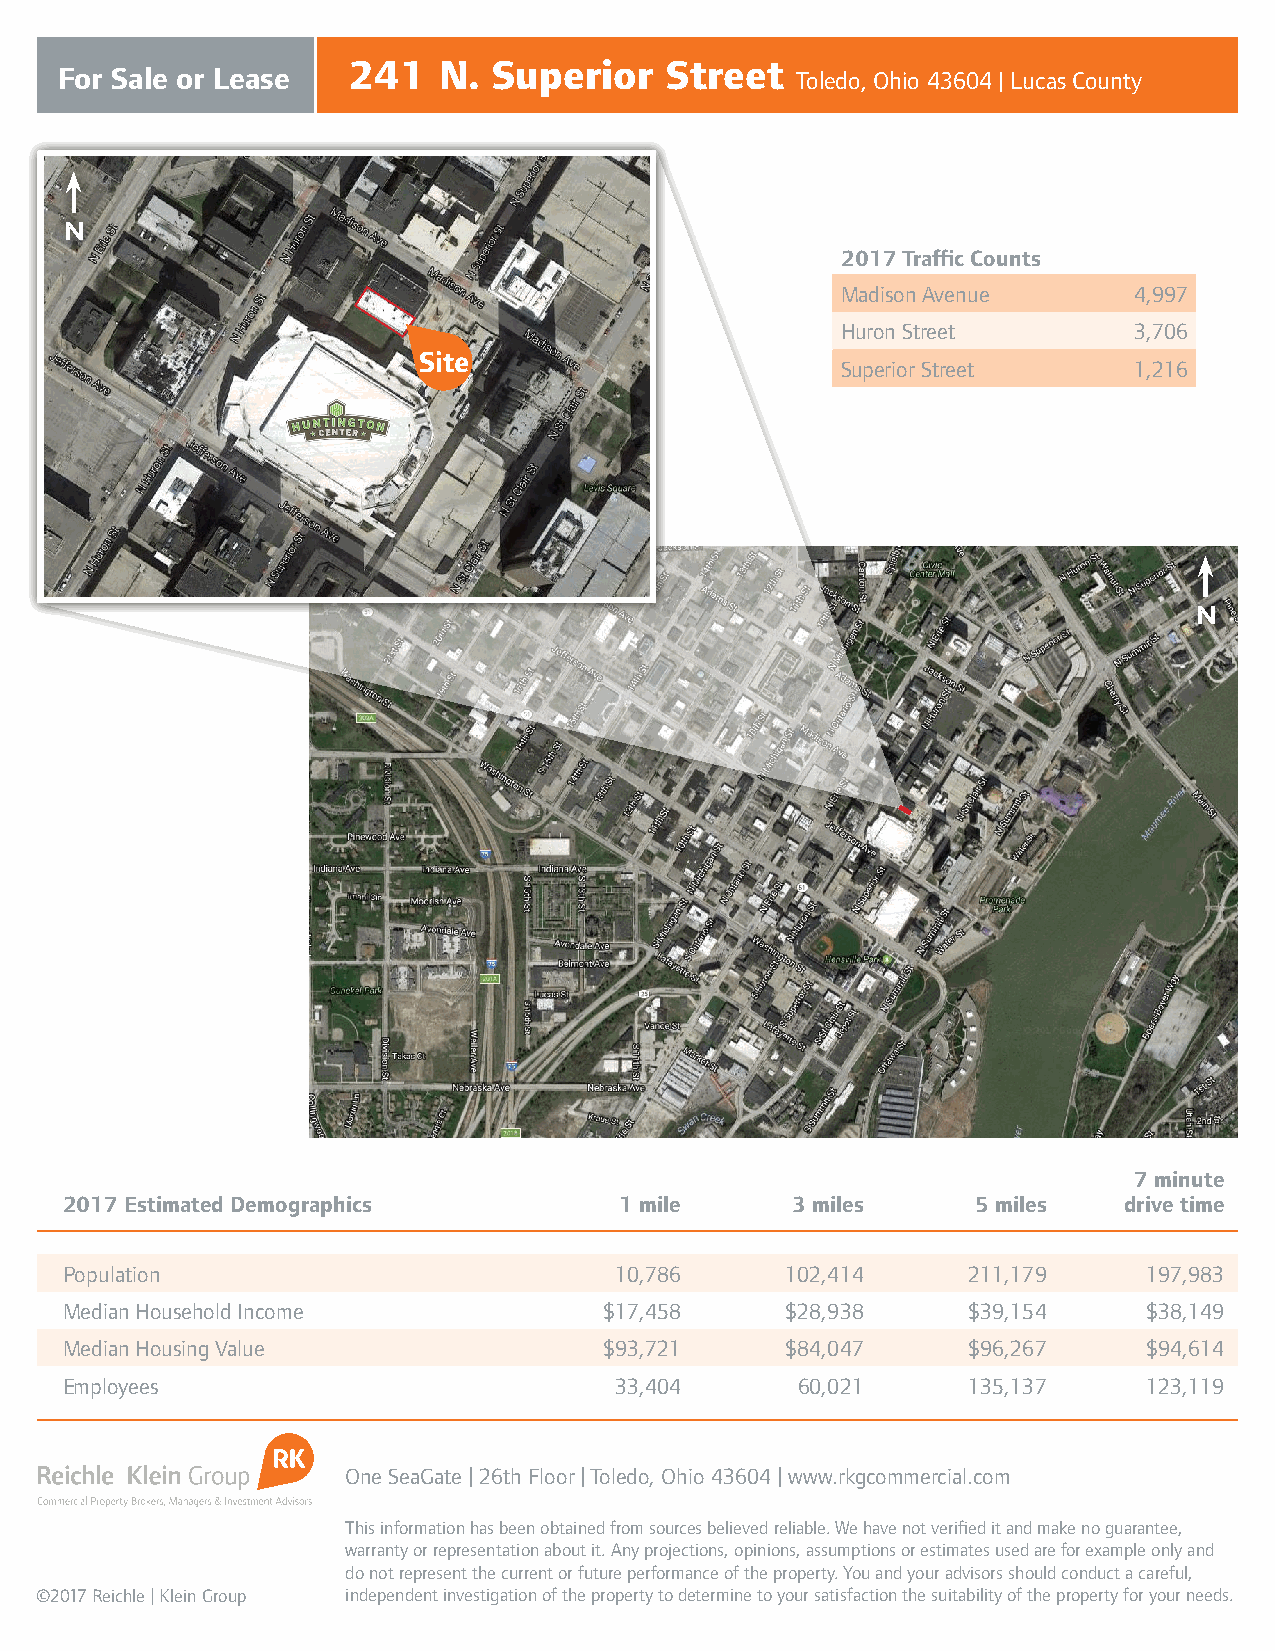
241   N.  Superior   Street
 For Sale or Lease                                Toledo, Ohio 43604 | Lucas County
 N
 2017 Traffic Counts
 Madison Avenue     4,997
 Huron Street       3,706
 Superior Street    1,216
 N
 7 minute
 2017 Estimated Demographics          1 mile     3 miles      5 miles  drive time
 Population                           10,786     102,414     211,179     197,983
 Median Household Income             $17,458     $28,938     $39,154     $38,149
 Median Housing Value                $93,721     $84,047     $96,267     $94,614
 Employees                            33,404      60,021     135,137     123,119
 One SeaGate | 26th Floor | Toledo, Ohio 43604 | www.rkgcommercial.com
 This information has been obtained from sources believed reliable. We have not verified it and make no guarantee,
 warranty or representation about it. Any projections, opinions, assumptions or estimates used are for example only and
 do not represent the current or future performance of the property. You and your advisors should conduct a careful,
 ©2017 Reichle | Klein Group independent investigation of the property to determine to your satisfaction the suitability of the property for your needs.